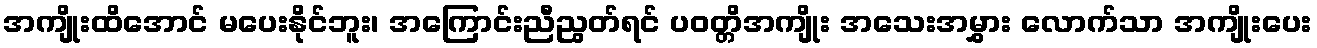
အကျိုးထိအောင် မပေးနိုင်ဘူး၊ အကြောင်းညီညွတ်ရင် ပဝတ္တိအကျိုး အသေးအမွှား လောက်သာ အကျိုးပေး